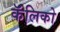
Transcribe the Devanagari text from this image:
कॅलिको